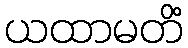
ယထာမတိံ